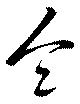
令